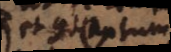
et contentum